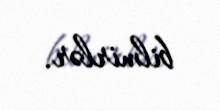
bilmirlər.